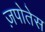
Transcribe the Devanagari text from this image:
ज़पोतेस